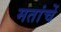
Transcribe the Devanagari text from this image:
मतांचें